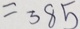
= 3 8 5